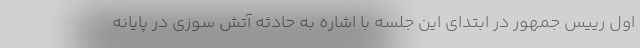
اول رییس جمهور در ابتدای این جلسه با اشاره به حادثه آتش سوزی در پایانه